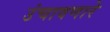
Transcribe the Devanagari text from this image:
उंचावणारे